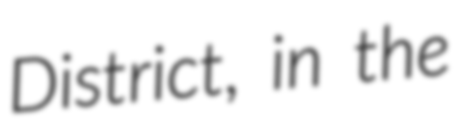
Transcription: District, in the